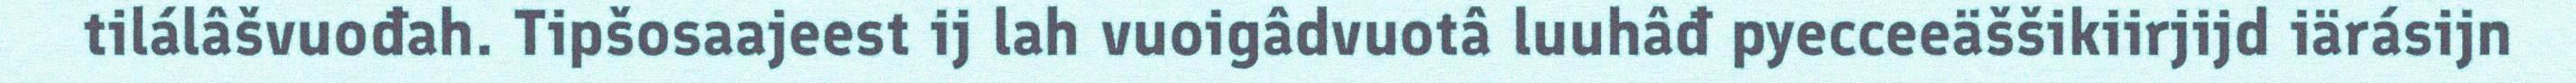
tilálâšvuođah. Tipšosaajeest ij lah vuoigâdvuotâ luuhâđ pyecceeäššikiirjijd iärásijn